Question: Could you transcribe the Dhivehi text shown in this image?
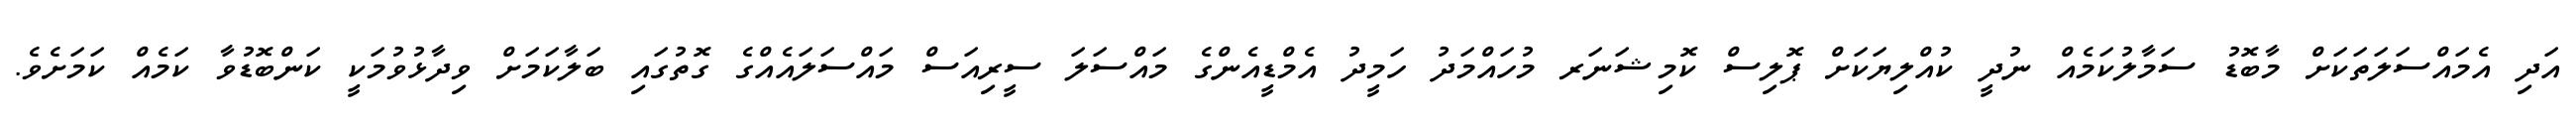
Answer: އަދި އެމައްސަލަތަކަށް މާބޮޑު ސަމާލުކަމެއް ނުދީ ކުއްލިޔަކަށް ޕޮލިސް ކޮމިޝަނަރ މުހައްމަދު ހަމީދު އެމްޑީއެންގެ މައްސަލަ ސީރިއަސް މައްސަލައެއްގެ ގޮތުގައި ބަލާކަމަށް ވިދާޅުވުމަކީ ކަންބޮޑުވާ ކަމެއް ކަމަށެވެ.